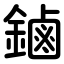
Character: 鏀